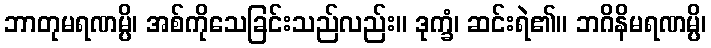
ဘာတုမရဏမ္ပိ၊ အစ်ကိုသေခြင်းသည်လည်း။ ဒုက္ခံ၊ ဆင်းရဲ၏။ ဘဂိနိမရဏမ္ပိ၊